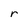
Character: r